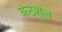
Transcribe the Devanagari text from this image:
कंठशूल